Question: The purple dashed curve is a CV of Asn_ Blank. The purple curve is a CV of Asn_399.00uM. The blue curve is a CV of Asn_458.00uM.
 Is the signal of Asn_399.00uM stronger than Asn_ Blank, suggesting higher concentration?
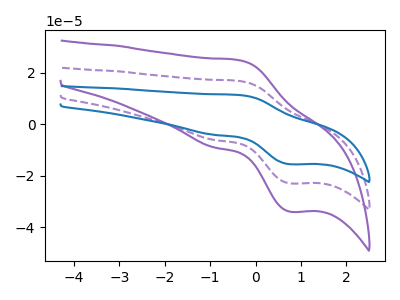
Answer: <think>The purple dashed curve "Asn_ Blank" has an anodic peak at (-0.35V, 16.90uA) and a cathodic peak at (0.75V, -23.00uA). The purple curve "Asn_399.00uM" has an anodic peak at (-0.35V, 24.95uA) and a cathodic peak at (0.75V, -34.05uA). The blue curve "Asn_458.00uM" has an anodic peak at (-0.35V, 33.75uA) and a cathodic peak at (0.75V, -46.05uA).
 All the peaks in "Asn_399.00uM" have a peak in "Asn_ Blank" at the same potential. Every peak in "Asn_399.00uM" is higher than every peak in "Asn_ Blank".</think>
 <answer>"Asn_399.00uM" has more signal than "Asn_ Blank" and so likely has a higher concentration.</answer>
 <eval>more_concentration</eval>